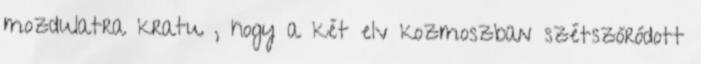
mozdulatra kratu , hogy a két elv kozmoszban szétszóródott